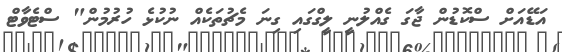
އަޑޭއަށް ސްކޮޑުން ޖާގަ ގެއްލުނީ ލީގްގައި ގިނަ މެޗުތަކެއް ނުކުޅެ ހުރުމުން" ސްޓެވާޓް